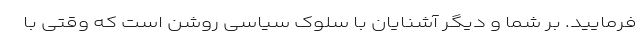
فرمایید. بر شما و دیگر آشنایان با سلوک سیاسی روشن است که وقتی با